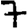
Digit: 7